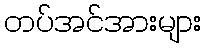
တပ်အင်အားများ